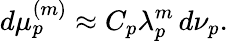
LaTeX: d\mu_{p}^{(m)}\approx C_{p}\lambda_{p}^{m}\, d\nu_{p}.